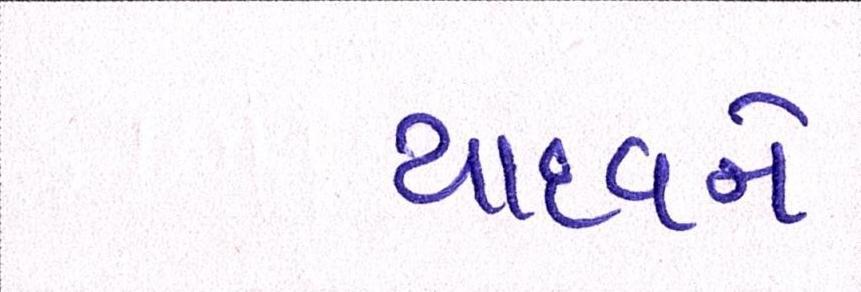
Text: યાદવને